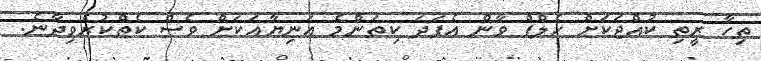
ތިހާ ރީތި ކުއްޖަކަށް ހެލްޕް ވާން އެފަދަ ކިތަންމެ އަނިޔާއަކަށް ވެސް ކެތެްކުރެވިދާނެ.